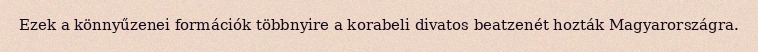
Ezek a könnyűzenei formációk többnyire a korabeli divatos beatzenét hozták Magyarországra.